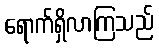
ရောက်ရှိလာကြသည်